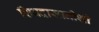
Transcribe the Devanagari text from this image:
शिवदासानीशी